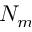
N _ { m }